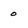
Character: 0